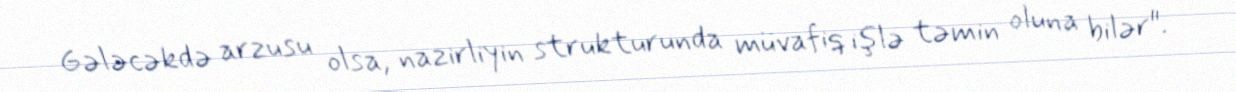
Gələcəkdə arzusu olsa, nazirliyin strukturunda müvafiq işlə təmin oluna bilər".